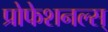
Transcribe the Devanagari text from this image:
प्रोफेशनल्स्